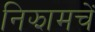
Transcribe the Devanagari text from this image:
निझामचें